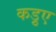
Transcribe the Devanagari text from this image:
कड़ुए